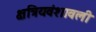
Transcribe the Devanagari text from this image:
क्षत्रियवंशावली